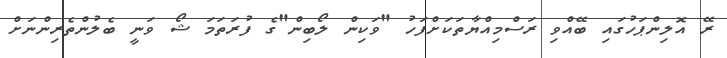
ރޭ އޮލިންޕަހުގައި ބޭއްވި ރަސްމިއްޔާތަކަށްފަހު "ވަކިން ލޯބިން"ގެ ފުރަތަމަ ޝޯ ވަނީ ބެލުންތެރިންނަށް